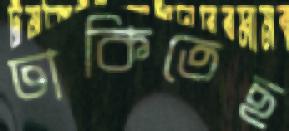
ঢাকিতেছ